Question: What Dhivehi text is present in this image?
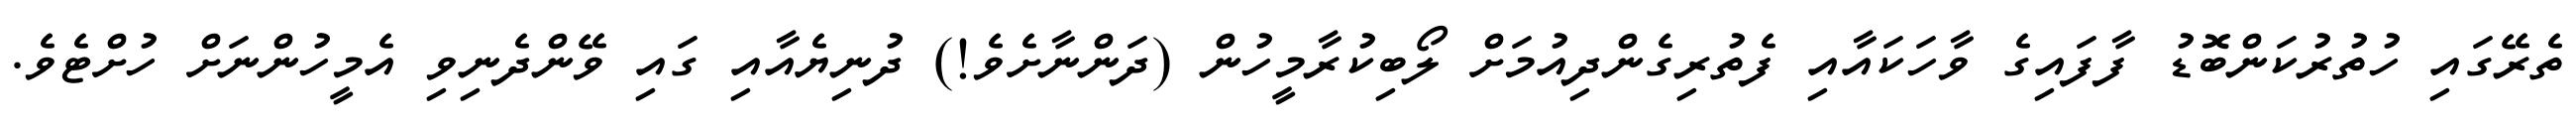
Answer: ތެރޭގައި ހުތުރުކަންބޮޑު ފާފައިގެ ވާހަކައާއި ފެތުރިގެންދިއުމަށް ލޯބިކުރާމީހުން (ދަންނާށެވެ!) ދުނިޔެއާއި ގައި ވޭންދެނިވި އެމީހުންނަށް ހުށްޓެވެ.